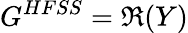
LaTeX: G^{HFSS}=\Re(Y)